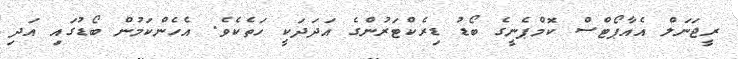
ރީޖަނަލް އެއާޕޯޓްސް ކޮމްޕެނީގެ ބޯޑު ޑިރެކްޓަރުންގެ އަދަދަކީ ހަތެކެވެ. އެހެންކަމުން ބޯޑުގައި އަދި